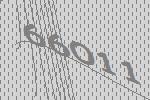
66011